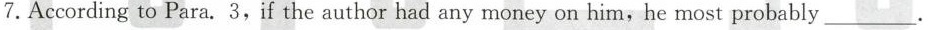
7.According to Para. 3, if the author had any money on him, he most probably___.